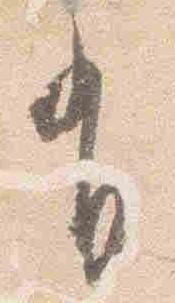
有